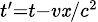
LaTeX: \scriptstyle{t^{\prime}=t-{v\mathit{x}}/{c^{2}}}